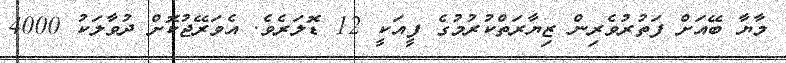
މާޔާ ބޭއަށް ފަތުރުވެރިން ޒިޔާރަތްކުރުމުގެ ފީއަކީ 12 ޑޮލަރެވެ. އެވަރޭޖުކޮށް ދުވާލަކު 4000